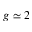
g \simeq 2